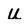
Character: u